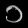
Digit: ၁